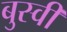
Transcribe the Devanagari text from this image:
बुस्वी